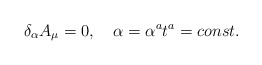
\begin{align*}\delta_\alpha A_\mu=0, \quad \alpha=\alpha^at^a=const.\end{align*}